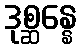
ဒုစ္ဆန္နေ